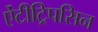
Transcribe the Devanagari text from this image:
ऐंटीट्रिपसिन